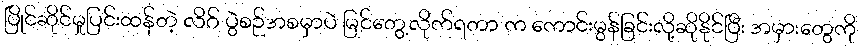
ပြိုင်ဆိုင်မှုပြင်းထန်တဲ့ လိဂ် ပွဲစဉ်အစမှာပဲ မြင်တွေ့လိုက်ရတာ က ကောင်းမွန်ခြင်းလို့ဆိုနိုင်ပြီး အမှားတွေကို